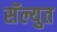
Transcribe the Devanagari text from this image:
सॅल्युत